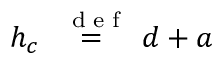
h _ { c } \stackrel { \mathrm { ~ \tiny ~ { ~ d ~ e ~ f ~ } ~ } } { = } d + a